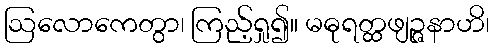
ဩလောကေတွာ၊ ကြည့်ရှု၍။ မဓုရတ္ထဖျဉ္ဇနာဟိ၊